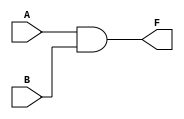
module two_variable_kmap (
    input wire A,  // First input
    input wire B,  // Second input
    output wire F  // Output
);

// Implement the logic function using a K-map
assign F = A & B;  // Example: F = A AND B (can be modified based on desired logic)

endmodule